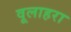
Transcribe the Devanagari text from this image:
वूलाहरा